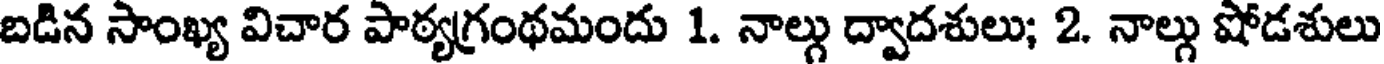
బడిన సాంఖ్య విచార పాఠ్యగ్రంథమందు 1. నాల్గు ద్వాదశులు; 2. నాల్గు షోడశులు